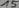
Text: 15